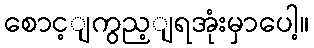
စောင့ျကွည့ျရအုံးမှာပေါ့။